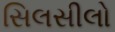
સિલસીલો